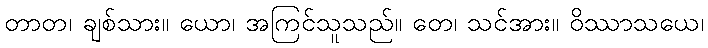
တာတ၊ ချစ်သား။ ယော၊ အကြင်သူသည်။ တေ၊ သင်အား။ ဝိဿာသယေ၊